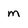
Character: m